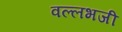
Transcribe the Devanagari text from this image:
वल्लभजी